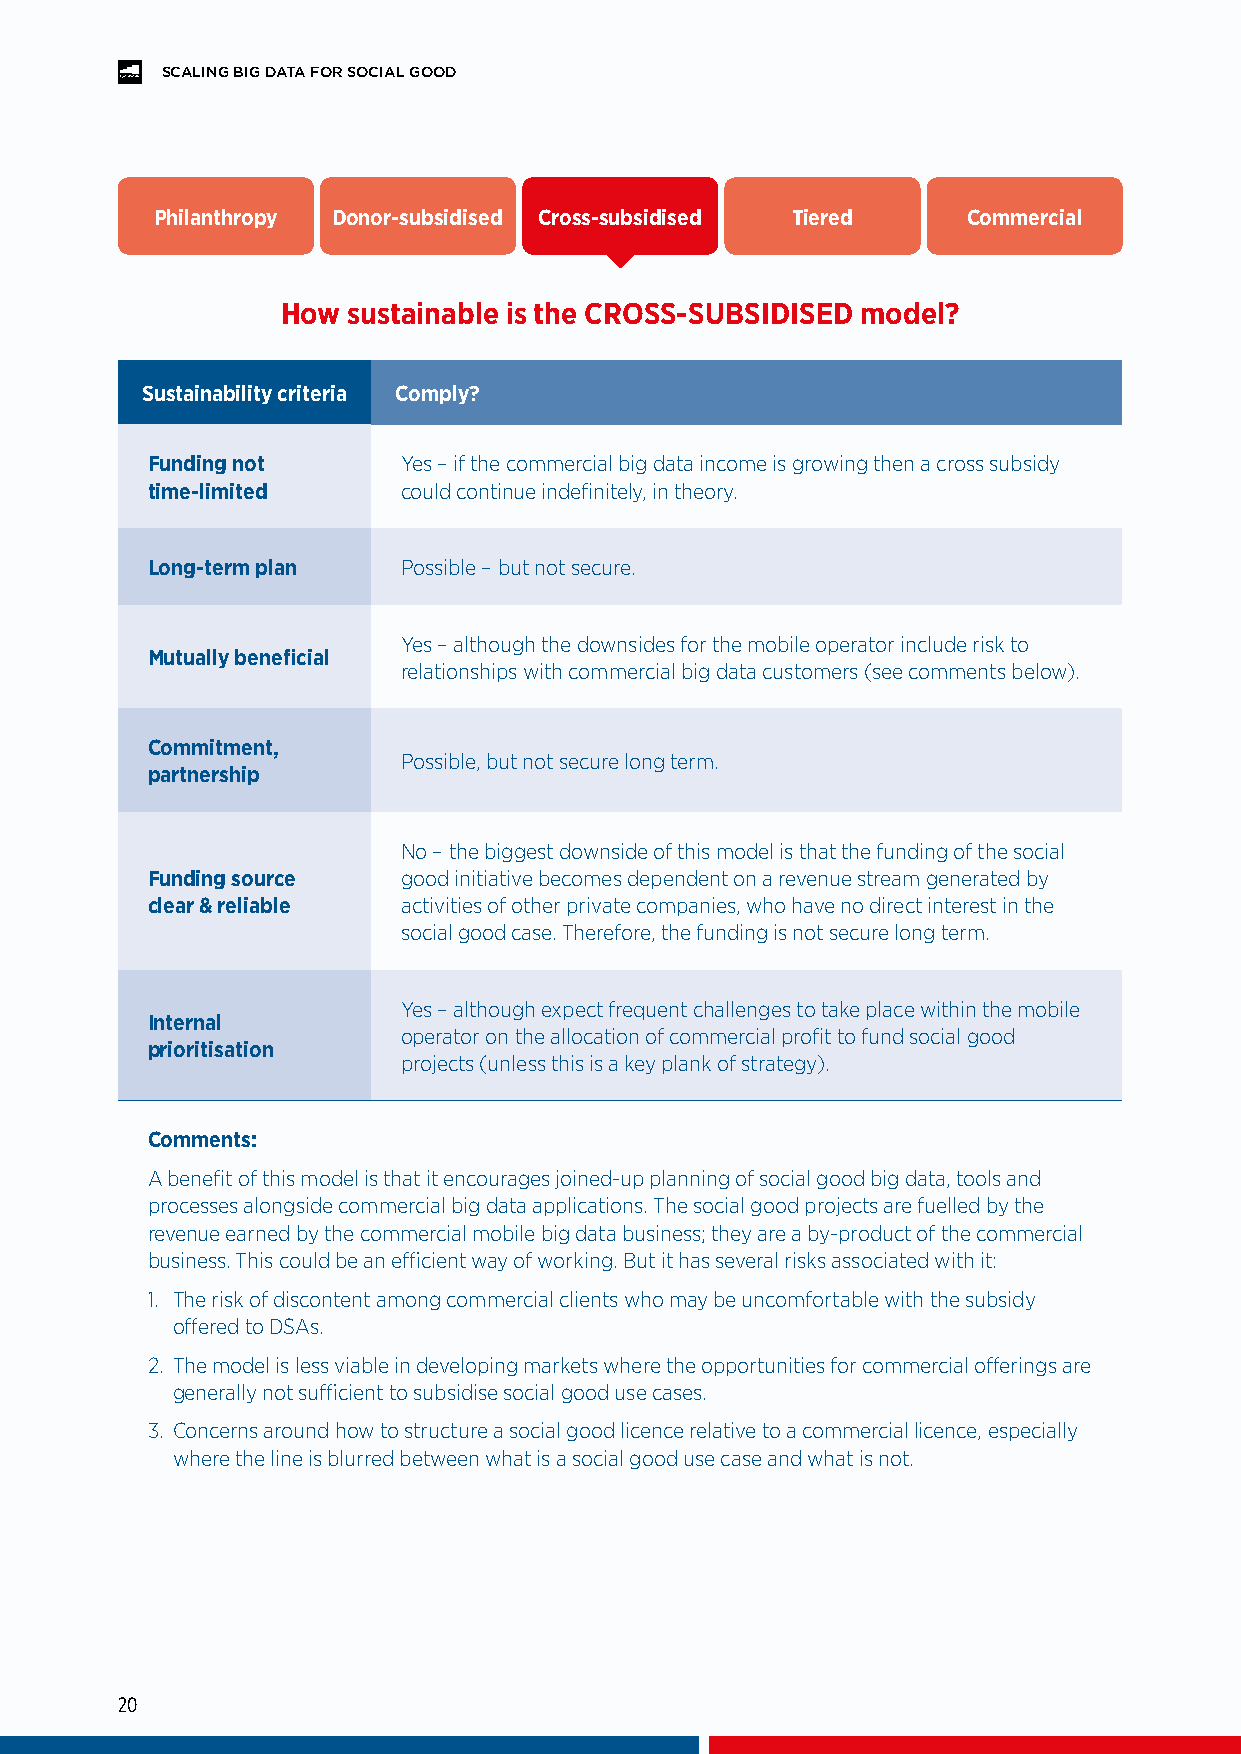
SCALING BIG DATA FOR SOCIAL GOOD
 Philanthropy Donor-subsidised Cross-subsidised Tiered Commercial
 How sustainable is the CROSS-SUBSIDISED model?
 Sustainability criteria Comply?
 Funding not      Yes – if the commercial big data income is growing then a cross subsidy
 time-limited     could continue indefinitely, in theory.
 Long-term plan   Possible – but not secure.
 Yes – although the downsides for the mobile operator include risk to
 Mutually beneficial
 relationships with commercial big data customers (see comments below).
 Commitment,
 Possible, but not secure long term.
 partnership
 No – the biggest downside of this model is that the funding of the social
 Funding source   good initiative becomes dependent on a revenue stream generated by
 clear & reliable activities of other private companies, who have no direct interest in the
 social good case. Therefore, the funding is not secure long term.
 Yes – although expect frequent challenges to take place within the mobile
 Internal
 operator on the allocation of commercial profit to fund social good
 prioritisation
 projects (unless this is a key plank of strategy).
 Comments:
 A benefit of this model is that it encourages joined-up planning of social good big data, tools and
 processes alongside commercial big data applications. The social good projects are fuelled by the
 revenue earned by the commercial mobile big data business; they are a by-product of the commercial
 business. This could be an efficient way of working. But it has several risks associated with it:
 1. The risk of discontent among commercial clients who may be uncomfortable with the subsidy
 offered to DSAs.
 2. The model is less viable in developing markets where the opportunities for commercial offerings are
 generally not sufficient to subsidise social good use cases.
 3. Concerns around how to structure a social good licence relative to a commercial licence, especially
 where the line is blurred between what is a social good use case and what is not.
 20